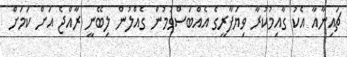
ޗައިނާއާ އެކު ގާއިމުކުރާ ވިޔަފާރީގެ އެއްބަސްވުމުން ގެއްލުން ލިބޭނީ ރާއްޖެ އަށް ކަމަށް